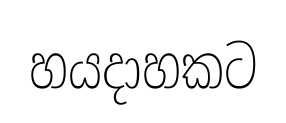
හයදාහකට